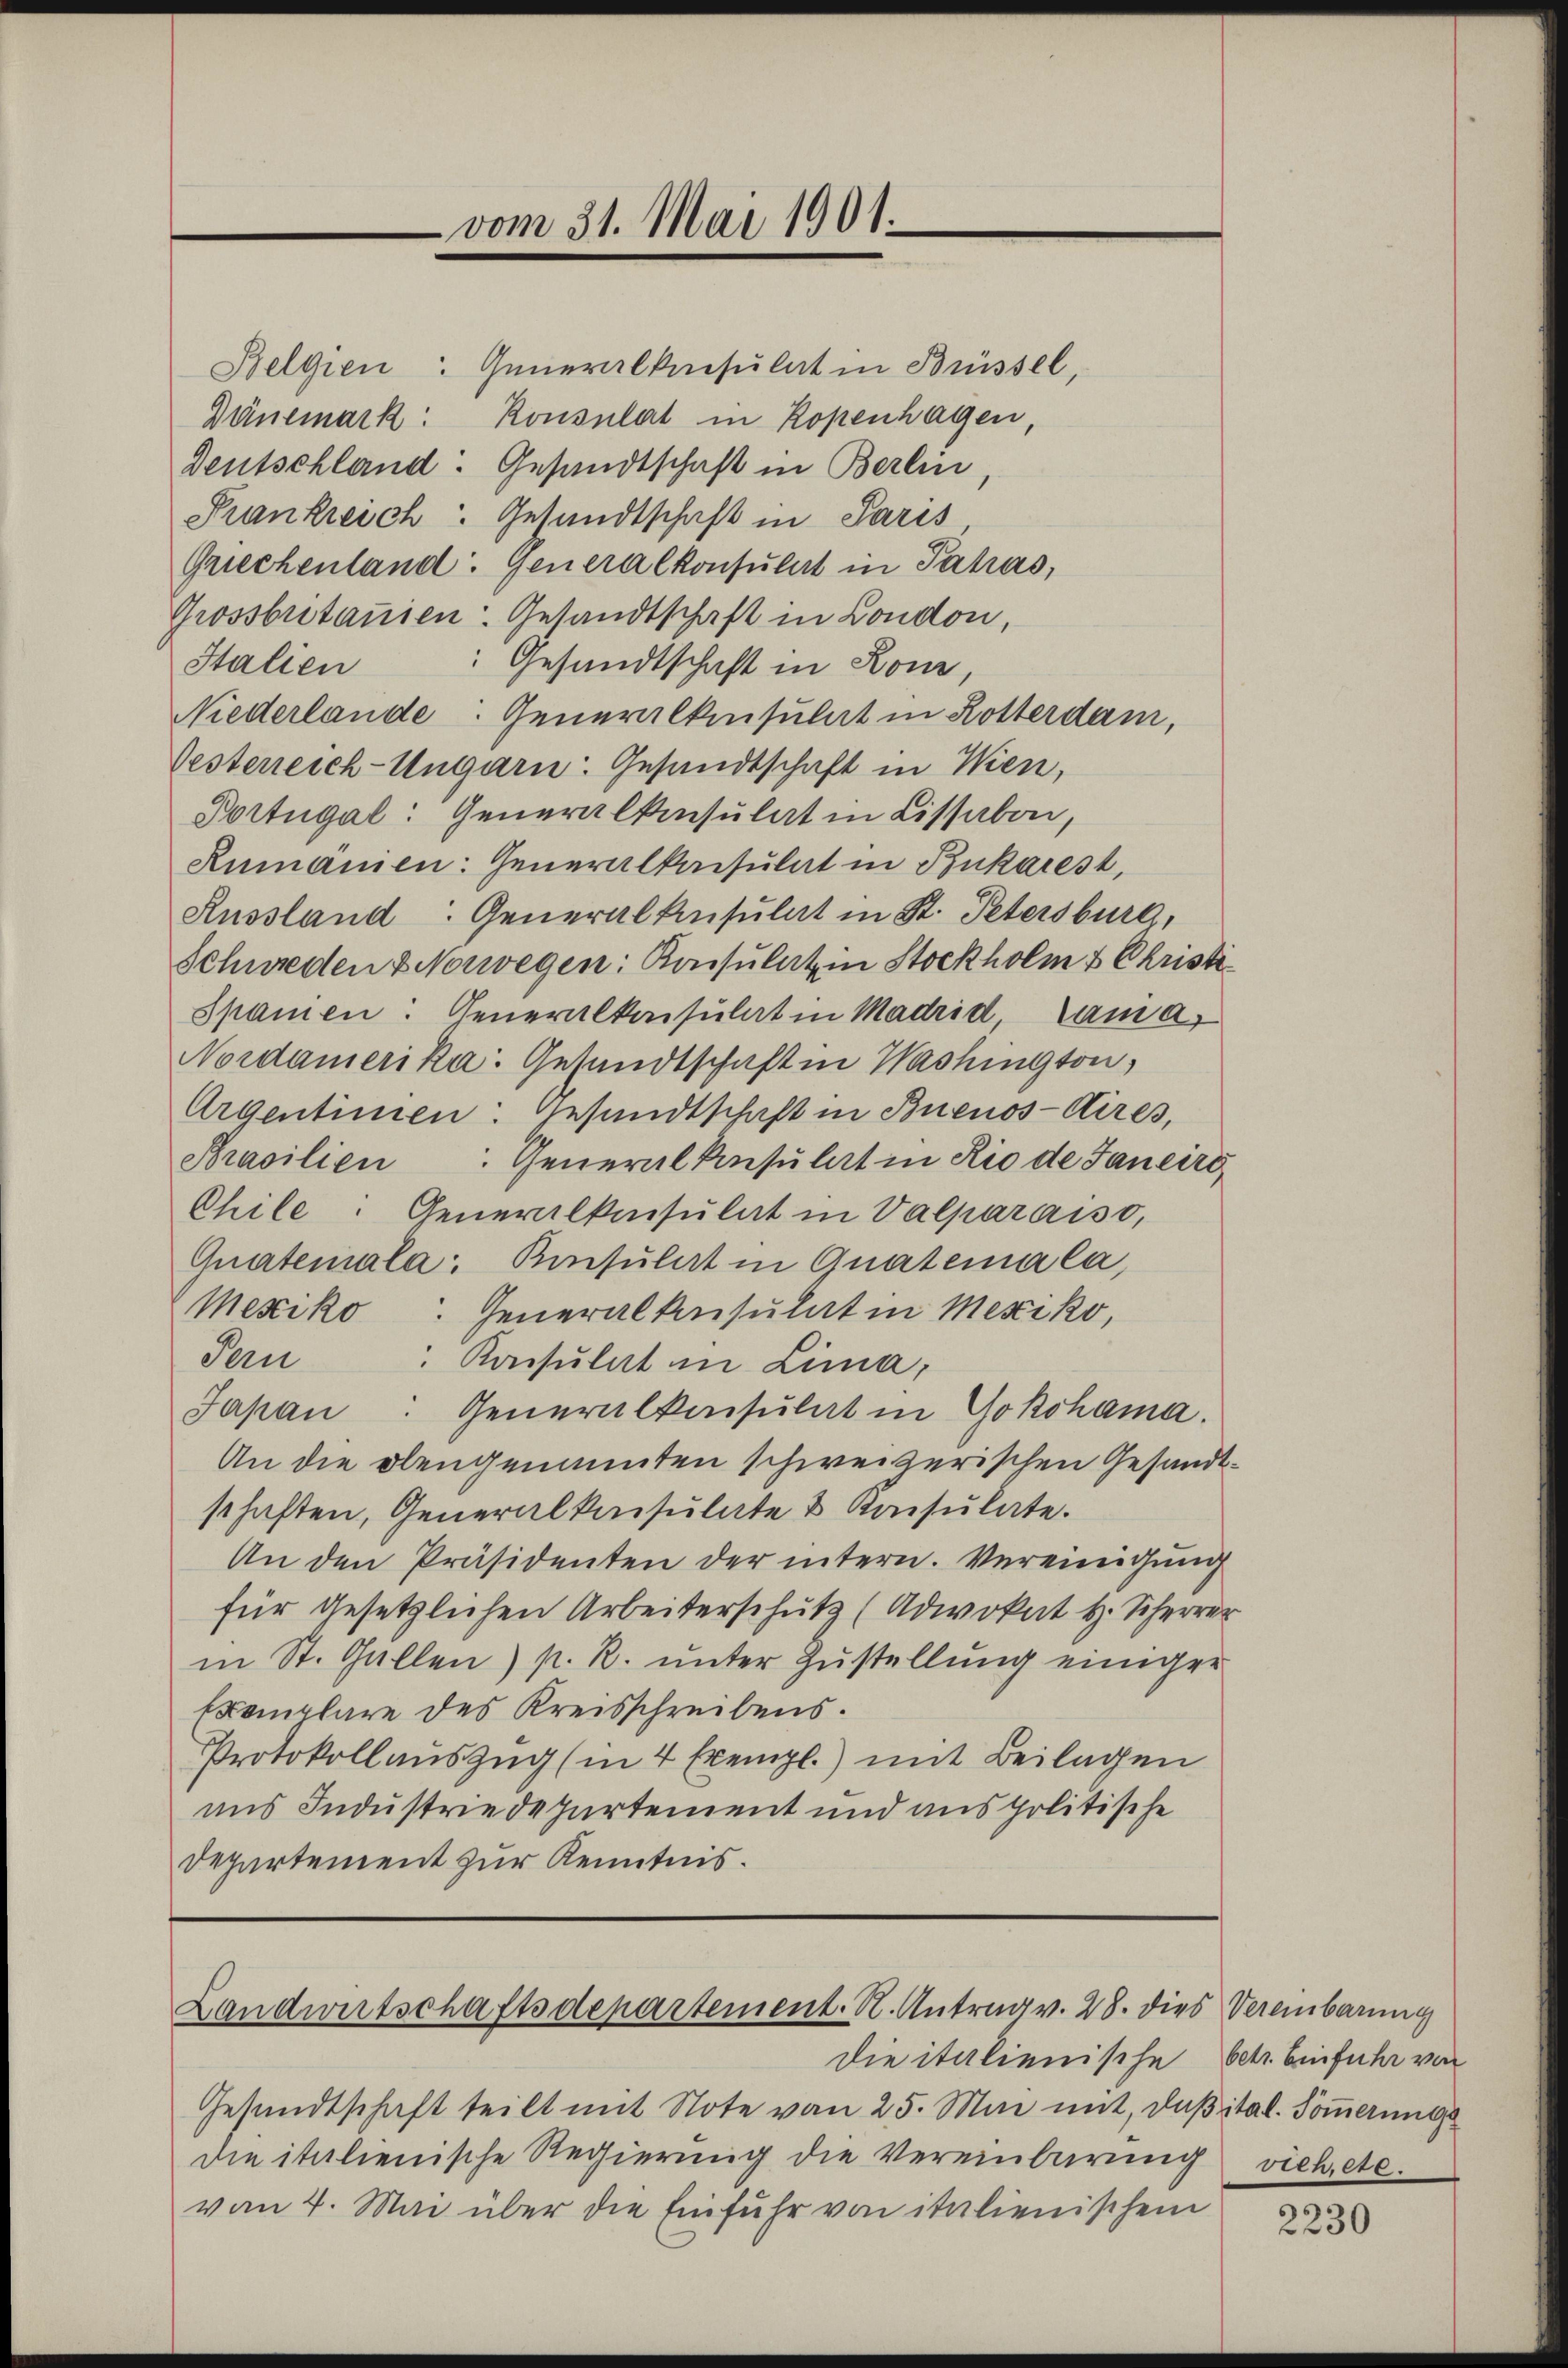
vom 31. Mai 1901.

Belgien: Generalkonsulat in Brüssel,
Dänemark: Konsulat in Kopenhagen,
Deutschland: Gesandtschaft in Berlin
Prankreich: Gesandtschaft in Paris
Griechenland: Generalkonsulat in Jahas,
Grossbritanien Gesandtschaft in London,
Gesandtschaft in Kon,
Italien
Niederlande: Generalkonsulat in Rotterdam,
Oesterreich-Ungarn: Gesandtschaft in Wien,
Portugal: Generalkonsulat in Lissabon,
Rumanien: Generalkaisulat in Bukarest,
Russland: Generalkonsulat in St. Petersburg,
Schweden Norwegen: Konsulat in Stockholm & Christi¬
Spanien: Generalkonsulat in Madrid, Cama,
Nordamerika: Gesandtschaft in Washington,
Argentimen: Gesandtschaft in Buenos-Aires,
Brasilien: Generalkonsulat in Rio de Janeiro
Chile: Generalkonsulat in Valparaiso,
Guatemala: Konsulat in Quatemala,
Mexiko: Generalkonsulat in Mexiko,
Jau
Konsulat in Lima,
Japan. Generalkonsulat in Yokohama.
An die elengenannten schweizerischen Gesandt
schaften, Generalkonsulate & Konsulate.
An den Präsidenten der intern. Vereinigung
für gesetzlichen Arbeiterschütz (Advokat H. Scherer
in St. Gallen) p. R. ŭnter Zustellung einiger
Exemplare des Kreisschreibens.
Protokollauszug (in 4 Exempl.) mit Beilagen
uns Industriedepartement und aus politische
Departement zur Kenntnis.

Landwirtschaftsdepartement. N. Antrag v. 28. dies Vereinbarung

Gesandtschaft teilt mit Note von 25. Mai mit, daβ ital. Soṁerung
die italienische Regierung die Vereinbarung viehete.
von 4. Mai über die Einfuhr von italienischen

die italienische

betr. Einfuhr von

2230